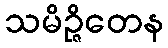
သမိဉ္ဇိတေန